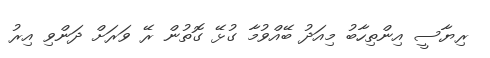
ރިޔާސީ އިންތިހާބު މިއަދު ބޭއްވުމާ ގުޅޭ ގޮތުން ރޭ ވަރަށް ދަންވި އިރު